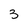
Character: 3